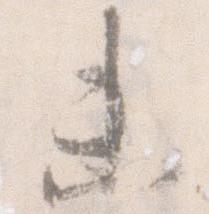
末